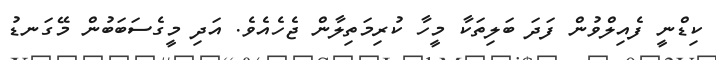
ކިޑްނީ ފެއިލްވުން ފަދަ ބަލިތަކާ މީހާ ކުރިމަތިލާން ޖެހެއެވެ. އަދި މީގެސަބަބުން މޭގަނޑު